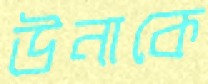
উনাকে